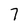
Character: 7